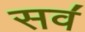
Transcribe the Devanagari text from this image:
सव॔